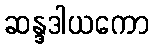
ဆန္ဒဒါယကော